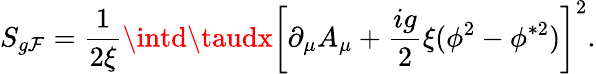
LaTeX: S_{g\mathcal{F}}=\frac{{1}}{{2\xi}}\intd\taudx\left[\partial_{\mu}A_{\mu}+\frac{{ig}}{{2}}\xi(\phi^{2}-\phi^{\ast2})\right]^{2}.